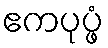
ဧကပုပ္ဖံ